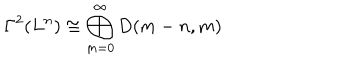
LaTeX: \Gamma ^ { 2 } ( L ^ { n } ) \cong \bigoplus _ { m = 0 } ^ { \infty } D ( m - n , m )